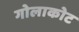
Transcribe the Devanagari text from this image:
गोलाकोट